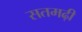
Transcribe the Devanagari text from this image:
सतमढ़ी